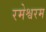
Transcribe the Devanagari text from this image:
रमेश्वरम